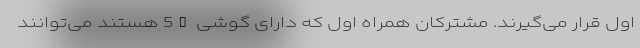
اول قرار می‌گیرند. مشترکان همراه اول که دارای گوشی 5G هستند می‌توانند